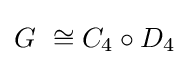
G\ \cong C_{4}\circ D_{4}